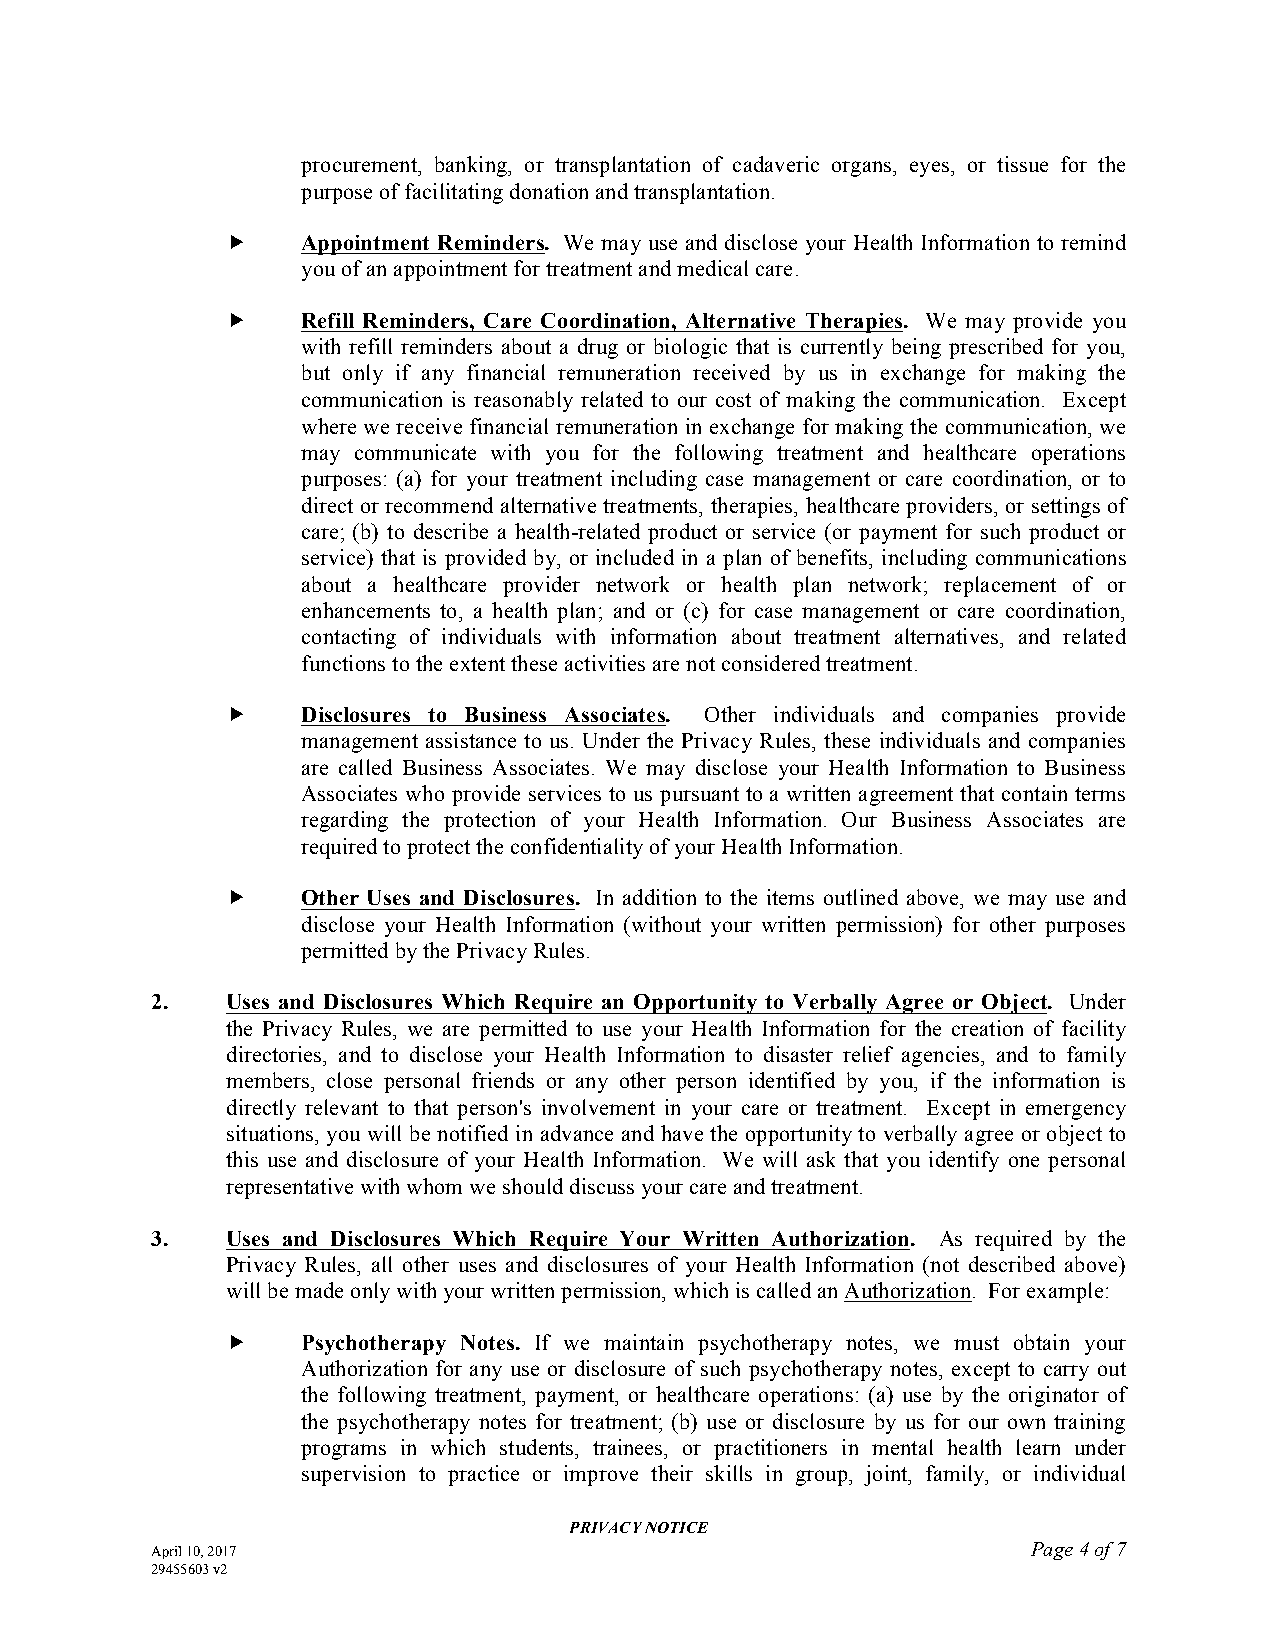
procurement, banking, or transplantation of cadaveric organs, eyes, or tissue for the
 purpose of facilitating donation and transplantation.
     Appointment Reminders. We may use and disclose your Health Information to remind
 you of an appointment for treatment and medical care.
     Refill Reminders, Care Coordination, Alternative Therapies. We may provide you
 with refill reminders about a drug or biologic that is currently being prescribed for you,
 but only if any financial remuneration received by us in exchange for making the
 communication is reasonably related to our cost of making the communication. Except
 where we receive financial remuneration in exchange for making the communication, we
 may communicate with you for the following treatment and healthcare operations
 purposes: (a) for your treatment including case management or care coordination, or to
 direct or recommend alternative treatments, therapies, healthcare providers, or settings of
 care; (b) to describe a health-related product or service (or payment for such product or
 service) that is provided by, or included in a plan of benefits, including communications
 about a healthcare provider network or health plan network; replacement of or
 enhancements to, a health plan; and or (c) for case management or care coordination,
 contacting of individuals with information about treatment alternatives, and related
 functions to the extent these activities are not considered treatment.
     Disclosures to Business Associates. Other individuals and companies provide
 management assistance to us. Under the Privacy Rules, these individuals and companies
 are called Business Associates. We may disclose your Health Information to Business
 Associates who provide services to us pursuant to a written agreement that contain terms
 regarding the protection of your Health Information. Our Business Associates are
 required to protect the confidentiality of your Health Information.
     Other Uses and Disclosures. In addition to the items outlined above, we may use and
 disclose your Health Information (without your written permission) for other purposes
 permitted by the Privacy Rules.
 2.   Uses and Disclosures Which Require an Opportunity to Verbally Agree or Object. Under
 the Privacy Rules, we are permitted to use your Health Information for the creation of facility
 directories, and to disclose your Health Information to disaster relief agencies, and to family
 members, close personal friends or any other person identified by you, if the information is
 directly relevant to that person's involvement in your care or treatment. Except in emergency
 situations, you will be notified in advance and have the opportunity to verbally agree or object to
 this use and disclosure of your Health Information. We will ask that you identify one personal
 representative with whom we should discuss your care and treatment.
 3.   Uses and Disclosures Which Require Your Written Authorization. As required by the
 Privacy Rules, all other uses and disclosures of your Health Information (not described above)
 will be made only with your written permission, which is called an Authorization. For example:
     Psychotherapy Notes. If we maintain psychotherapy notes, we must obtain your
 Authorization for any use or disclosure of such psychotherapy notes, except to carry out
 the following treatment, payment, or healthcare operations: (a) use by the originator of
 the psychotherapy notes for treatment; (b) use or disclosure by us for our own training
 programs in which students, trainees, or practitioners in mental health learn under
 supervision to practice or improve their skills in group, joint, family, or individual
 PRIVACY NOTICE
 April 10, 2017                                            Page 4 of 7
 29455603 v2